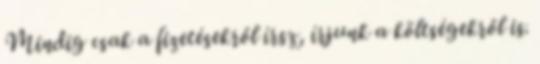
Mindig csak a fizetésekről írsz, írjunk a költségekről is.